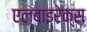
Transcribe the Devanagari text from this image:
एल्बाइरेक्स